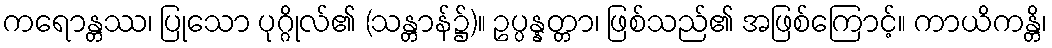
ကရောန္တဿ၊ ပြုသော ပုဂ္ဂိုလ်၏ (သန္တာန်၌)။ ဥပ္ပန္နတ္တာ၊ ဖြစ်သည်၏ အဖြစ်ကြောင့်။ ကာယိကန္တိ၊